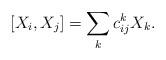
LaTeX: \begin{align*}[X_i,X_j]=\sum_k c_{ij}^k X_k.\end{align*}